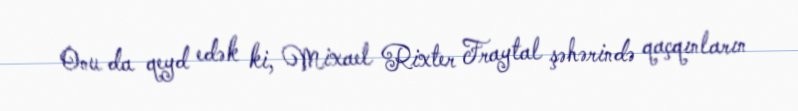
Onu da qeyd edək ki, Mixael Rixter Fraytal şəhərində qaçqınların